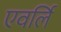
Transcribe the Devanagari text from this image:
एवर्लि